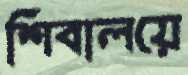
শিবালয়ে